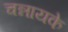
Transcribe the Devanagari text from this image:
चन्नायके